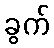
ခွက်